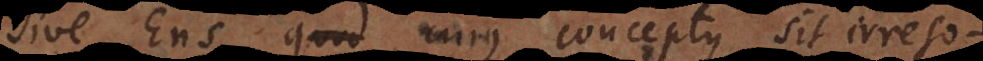
Sive Ens quod cujus conceptus sit irreso